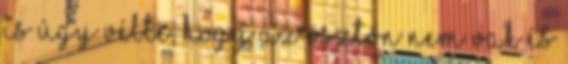
is úgy vélte, hogy az ösztön nem vak és